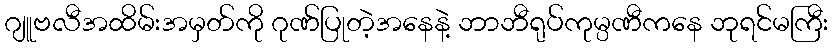
ဂျူဗလီအထိမ်းအမှတ်ကို ဂုဏ်ပြုတဲ့အနေနဲ့ ဘာဘီရုပ်ကုမ္ပဏီကနေ ဘုရင်မကြီး